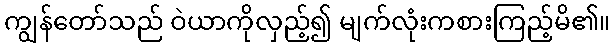
ကျွန်တော်သည် ဝဲယာကိုလှည့်၍ မျက်လုံးကစားကြည့်မိ၏။